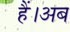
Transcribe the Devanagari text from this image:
हैं।अब